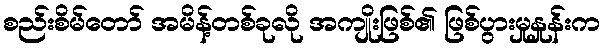
စည်းစိမ်တော် အမိန့်တစ်ခုလို အကျိုးဖြစ်၏ ဖြစ်ပွားမှုနှုန်းက